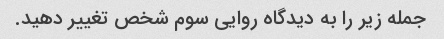
جمله زیر را به دیدگاه روایی سوم شخص تغییر دهید.